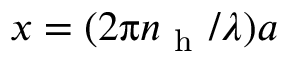
x = ( 2 \uppi n _ { \mathrm { ~ h ~ } } / \lambda ) a